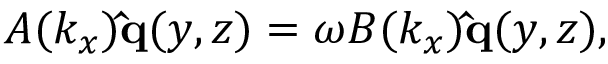
\begin{array} { r } { A ( k _ { x } ) \mathbf { \hat { q } } ( y , z ) = \omega B ( k _ { x } ) \mathbf { \hat { q } } ( y , z ) , } \end{array}